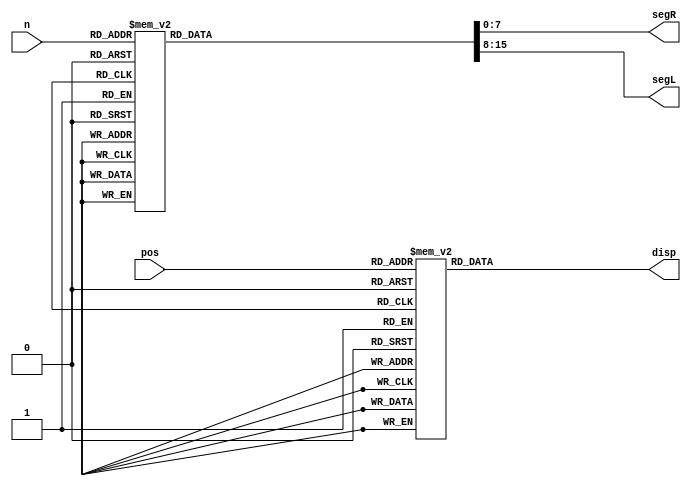
`timescale 1ns / 1ps
//////////////////////////////////////////////////////////////////////////////////
// Company: 
// Engineer: 
// 
// Design Name: 
// Module Name: _7_seg
// Project Name: 
// Target Devices: 
// Tool Versions: 
// Description: 
// 
// Dependencies: 
// 
// Revision:
// Revision 0.01 - File Created
// Additional Comments:
// 
//////////////////////////////////////////////////////////////////////////////////


module _7_seg(
    input [3:0] n, // number from 0-15 (0-f)
    input [2:0] pos, // position, which 1 of the 8 to display
    output reg [7:0] disp, // 7-0 -> DK1-DK8
    output reg [7:0] segR,// 7 segment, L->R: a->LD, if side=0, use this, i.e. the rightmost 4 displayers
    output reg [7:0] segL // ibid. except side=1 and the leftmost 4 displayers
    );
    
    always @(n or pos) begin
        case (pos)// on/off for each displayer
            (3'b000):
                disp = 8'b00000001; // DK8
            (3'b001):
                disp = 8'b00000010; // DK7, mutatis mutandis for the following
            (3'b010):
                disp = 8'b00000100;
            (3'b011):
                disp = 8'b00001000;
            (3'b100):
                disp = 8'b00010000;
            (3'b101):
                disp = 8'b00100000;
            (3'b110):
                disp = 8'b01000000;
            (3'b111):
                disp = 8'b10000000; // DK1         
        endcase
       
  
        case(n)// assign the 7 segment format for segR & segL. from 0-15
            (4'b0000): begin
                segR = 8'b11111100;
                segL = 8'b11111100;
            end
            (4'b0001): begin
                 segR = 8'b01100000;
                 segL = 8'b01100000;
            end  
            (4'b0010): begin
                 segR = 8'b11011010;
                 segL = 8'b11011010;
            end
            (4'b0011): begin
                 segR = 8'b11110010;
                 segL = 8'b11110010;
            end
            (4'b0100): begin
                 segR = 8'b01100110;
                 segL = 8'b01100110;
            end
            (4'b0101): begin
                 segR = 8'b10110110;
                 segL = 8'b10110110;
            end  
            (4'b0110): begin
                 segR = 8'b10111110;
                 segL = 8'b10111110;
            end
            (4'b0111): begin
                segR = 8'b11100000;
                segL = 8'b11100000;
            end            
            (4'b1000): begin
                segR = 8'b11111110;
                segL = 8'b11111110;
            end
            (4'b1001): begin
                segR = 8'b11110110;
                segL = 8'b11110110;
            end  
            (4'b1010): begin
                segR = 8'b11101110;
                segL = 8'b11101110;
            end
            (4'b1011): begin
                segR = 8'b00111110;
                segL = 8'b00111110;
            end
            (4'b1100): begin
                segR = 8'b10011100;
                segL = 8'b10011100;
            end
            (4'b1101): begin
                segR = 8'b01111010;
                segL = 8'b01111010;
            end  
            (4'b1110): begin
                segR = 8'b10011110;
                segL = 8'b10011110;
            end
            (4'b1111): begin
                segR = 8'b10001110;
                segL = 8'b10001110;
            end         
        endcase

    end
endmodule